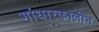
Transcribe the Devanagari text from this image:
गांधारकालीन